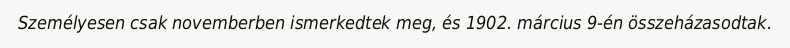
Személyesen csak novemberben ismerkedtek meg, és 1902. március 9-én összeházasodtak.